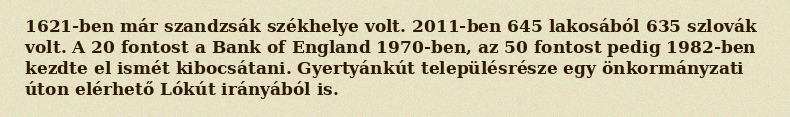
1621-ben már szandzsák székhelye volt. 2011-ben 645 lakosából 635 szlovák volt. A 20 fontost a Bank of England 1970-ben, az 50 fontost pedig 1982-ben kezdte el ismét kibocsátani. Gyertyánkút településrésze egy önkormányzati úton elérhető Lókút irányából is.